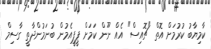
ކާމިޔާބު ކުރުމަށް އޮތް "ޗޮއިސް" އެއް ނޫން ކަމަށް ޕީޕީއެމުން ބުނަމުންދާތީ ގާސިމް